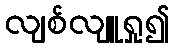
လျစ်လျူရှု၍